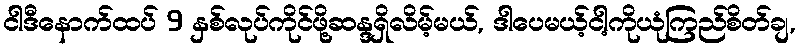
ငါဒီနောက်ထပ် 9 နှစ်လုပ်ကိုင်ဖို့ဆန္ဒရှိလိမ့်မယ်, ဒါပေမယ့်ငါ့ကိုယုံကြည်စိတ်ချ,